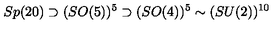
S p ( 2 0 ) \supset ( S O ( 5 ) ) ^ { 5 } \supset ( S O ( 4 ) ) ^ { 5 } \sim ( S U ( 2 ) ) ^ { 1 0 }